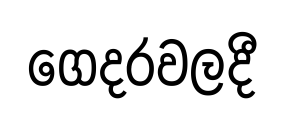
ගෙදරවලදී